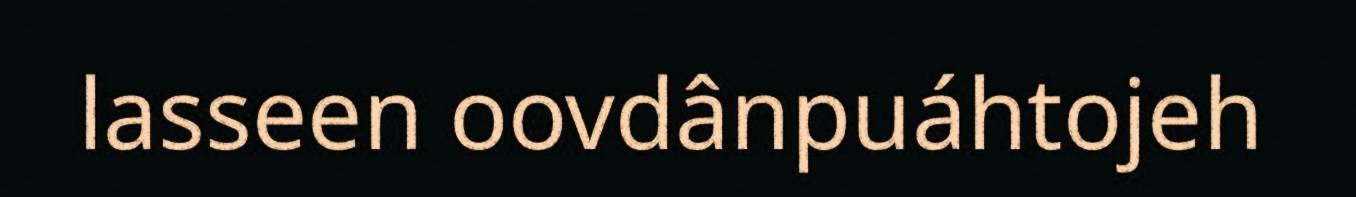
lasseen oovdânpuáhtojeh